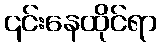
၎င်းနေထိုင်ရာ